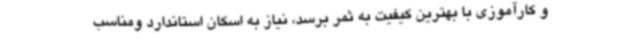
و کارآموزی با بهترین کیفیت به ثمر برسد، نیاز به اسکان استاندارد ومناسب